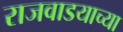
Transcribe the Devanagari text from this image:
राजवाडयाच्या